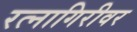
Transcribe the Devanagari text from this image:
रत्नागिरीवर